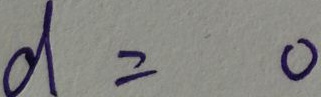
d = 0